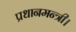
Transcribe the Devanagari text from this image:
प्रधानमन्त्री।